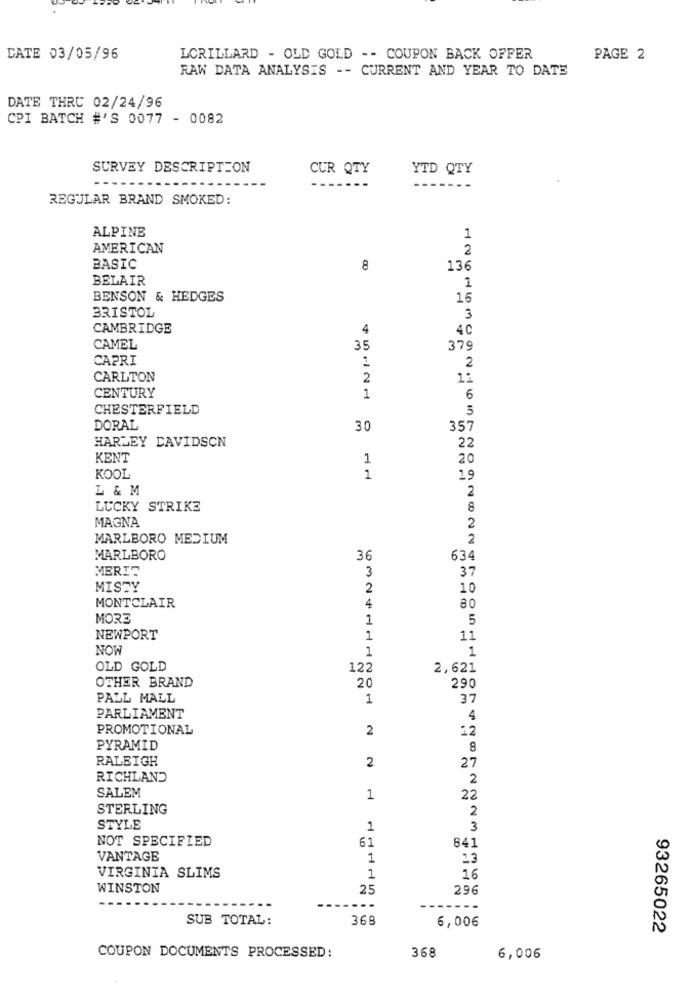
DATE 03/05/96
LORILLARD - OLD GOLD -- COUPON BACK OFFER
PAGE 2
RAW DATA ANALYSIS -- CURRENT AND YEAR TO DATE
DATE THRC 02/24/96
CPI BATCH #'S 0077 - 0082
SURVEY DESCRIPTION
CUR QTY
YTD QTY
REGULAR BRAND SMOKED:
ALPINE
1
AMERICAN
2
BASIC
8
136
BELAIR
1
BENSON & HEDGES
16
BRISTOL
3
CAMBRIDGE
4
4C
CAMEL
35
379
CAPRI
1
2
CARLTON
2
11
CENTURY
1
6
CHESTERFIELD
5
DORAL
30
357
HARLEY DAVIDSON
22
KENT
1
20
KOOL
1
19
L & M
2
LUCKY STRIKE
8
MAGNA
2
MARLBORO MEDIUM
2
MARLBORO
36
634
MERIC
3
37
MISTY
2
10
MONTCLAIR
4
80
MORE
1
5
NEWPORT
1
11
NOW
1
1
OLD GOLD
122
2,621
20
290
OTHER BRAND
PALL MALL
1
37
PARLIAMENT
4
PROMOTIONAL
2
12
PYRAMID
8
RALEIGH
2
27
RICHLAND
2
SALEM
1
22
STERLING
2
STYLE
1
3
NOT SPECIFIED
61
841
VANTAGE
1
13
VIRGINIA SLIMS
1
16
WINSTON
25
296
..
SUB TOTAL:
368
6,006
93265022
COUPON DOCUMENTS PROCESSED:
368
6,006